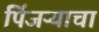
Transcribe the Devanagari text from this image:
पिंजऱ्याचा